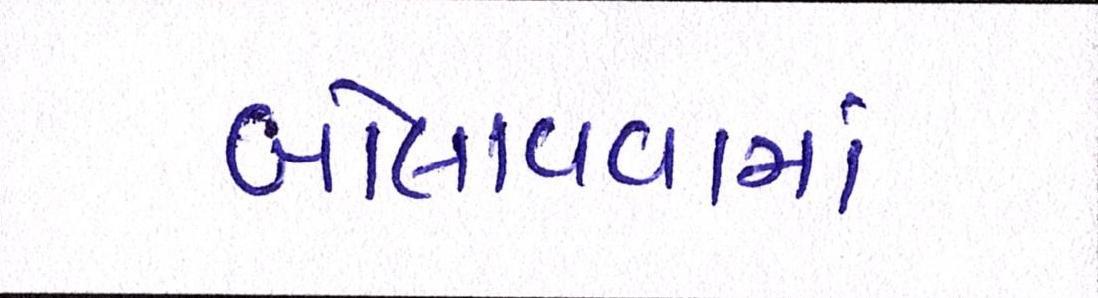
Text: બોલાવવામાં